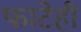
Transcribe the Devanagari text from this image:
फाटेही